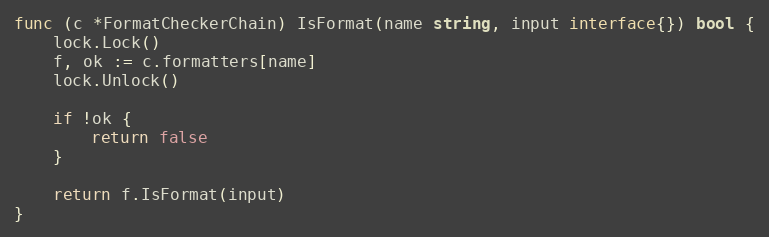
Language: Go
func (c *FormatCheckerChain) IsFormat(name string, input interface{}) bool {
	lock.Lock()
	f, ok := c.formatters[name]
	lock.Unlock()

	if !ok {
		return false
	}

	return f.IsFormat(input)
}